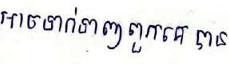
អាចទាក់ទាញពួកគេបាន